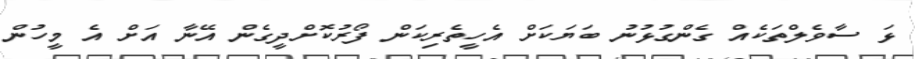
ޅަ ސާވެލްތަކެއް ގެންގުޅުނު ބަޔަކަށް އެހީތެރިކަން ފޯރުކޮށްދީގެން އޭނާ އަށް އެ މީހުން